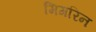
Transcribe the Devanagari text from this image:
मिगरिन